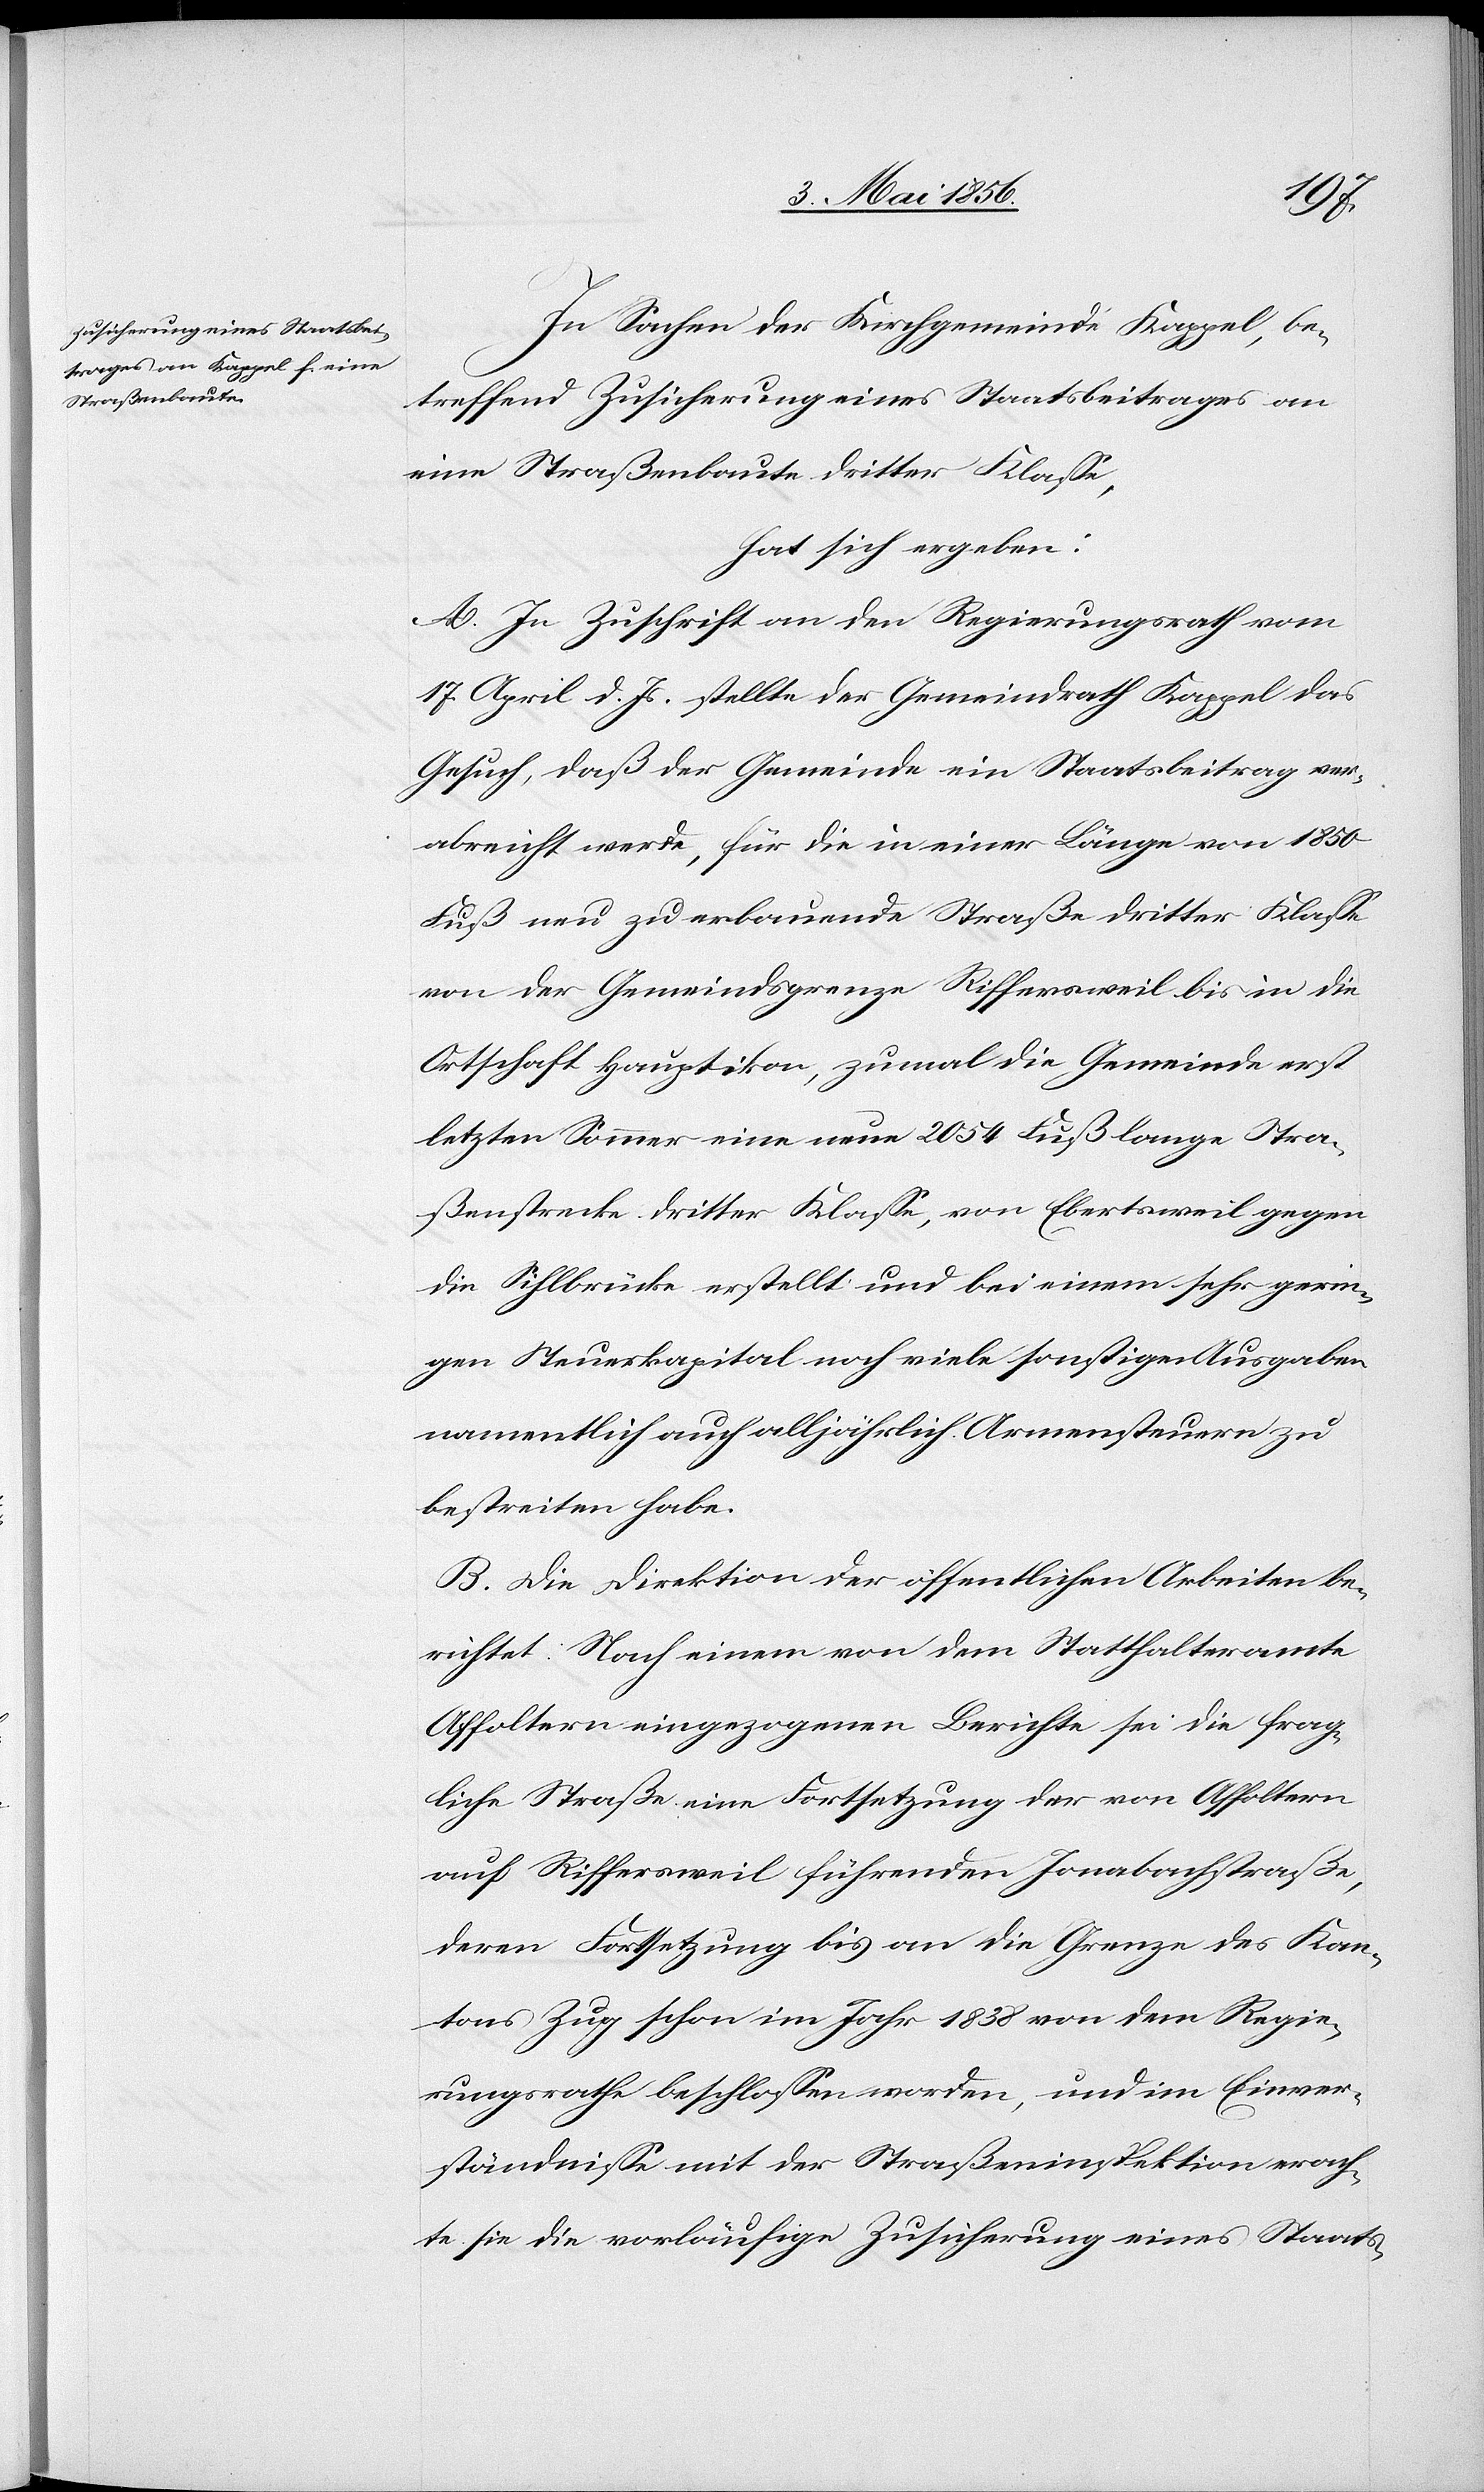
In Sachen der Kirchgemeinde Kappel, be¬
treffend Zusicherung eines Staatsbeitrages an
eine Straßenbaute dritter Klasse,
hat sich ergeben:
A. In Zuschrift an den Regierungsrath vom
17. April d. Js. stellte der Gemeindrath Kappel das
Gesuch, daß der Gemeinde ein Staatsbeitrag ver¬
abreicht werde, für die in einer Länge von 1850
Fuß neu zu erbauende Straße dritter Klasse
von der Gemeindsgrenze Riffersweil bis in die
Ortschaft Hauptikon, zumal die Gemeinde erst
letzten Sommer eine neue 2054 Fuß lange Stra¬
ßenstrecke dritter Klasse, von Ebertsweil gegen
die Sihlbrücke erstellt und bei einem sehr gerin¬
gen Steuerkapital noch viele sonstige Ausgaben
namentlich auch alljährlich Armensteuern zu
bestreiten habe.
B. Die Direktion der öffentlichen Arbeiten be¬
richtet: Nach einem von dem Statthalteramte
Affoltern eingezogenen Berichte sei die frag¬
liche Straße eine Fortsetzung der von Affoltern
auf Riffersweil führenden Jonabachstraße,
deren Fortsetzung bis an die Grenze des Kan¬
tons Zug schon im Jahr 1838 von dem Regie¬
rungsrathe beschlossen worden, und im Einver¬
ständnisse mit der Straßeninspektion erach¬
te sie die vorläufige Zusicherung eines Staats-